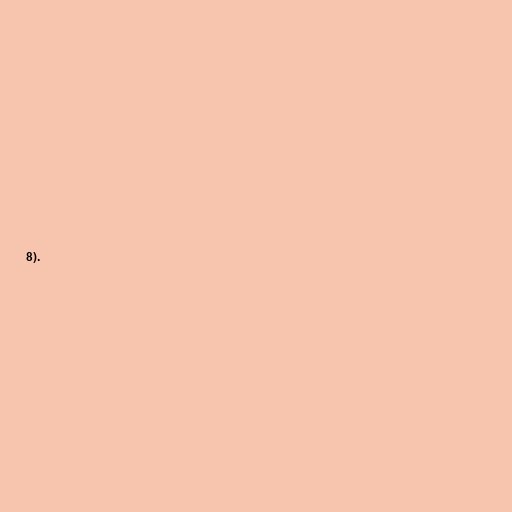
8).